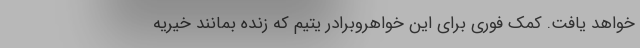
خواهد یافت. کمک فوری برای این خواهروبرادر یتیم که زنده بمانند خیریه